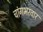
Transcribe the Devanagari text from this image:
चांगभरवार